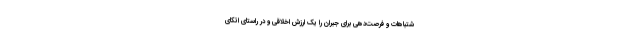
شتباهات و فرصت‌دهی برای جبران را یک ارزش اخلاقی و در راستای اتکای